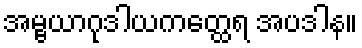
အမ္ဗယာဂုဒါယကတ္ထေရ အပဒါန။